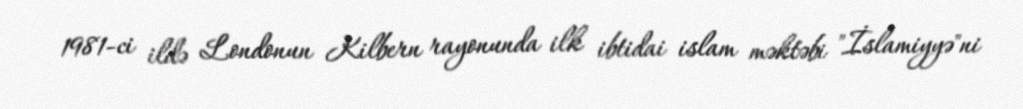
1981-ci ildə Londonun Kilbern rayonunda ilk ibtidai islam məktəbi "İslamiyyə"ni